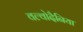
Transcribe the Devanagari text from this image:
वल्वोदैनिया